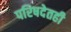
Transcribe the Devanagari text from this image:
परिषदेतही